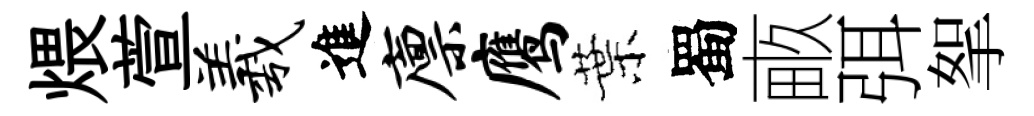
煨萱羲進廪鹰葉蜀畞弭挐